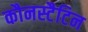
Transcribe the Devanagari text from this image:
कौनस्टैटिन